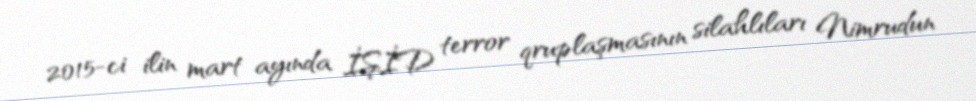
2015-ci ilin mart ayında İŞİD terror qruplaşmasının silahlıları Nimrudun